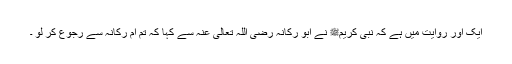
ایک اور روایت میں ہے کہ نبی کریمﷺ نے ابو رکانہ رضی اللہ تعالیٰ عنہ سے کہا کہ تم اُم رکانہ سے رجوع کر لو ۔